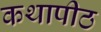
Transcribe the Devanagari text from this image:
कथापीठ